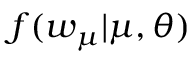
f ( w _ { \boldsymbol { \mu } } | \boldsymbol { \mu } , \boldsymbol { \theta } )